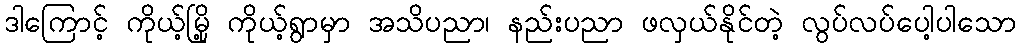
ဒါကြောင့် ကိုယ့်မြို့ ကိုယ့်ရွာမှာ အသိပညာ၊ နည်းပညာ ဖလှယ်နိုင်တဲ့ လွပ်လပ်ပေါ့ပါသော